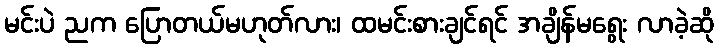
မင်းပဲ ညက ပြောတယ်မဟုတ်လား၊ ထမင်းစားချင်ရင် အချိန်မရွေး လာခဲ့ဆို